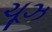
ચૂઝ